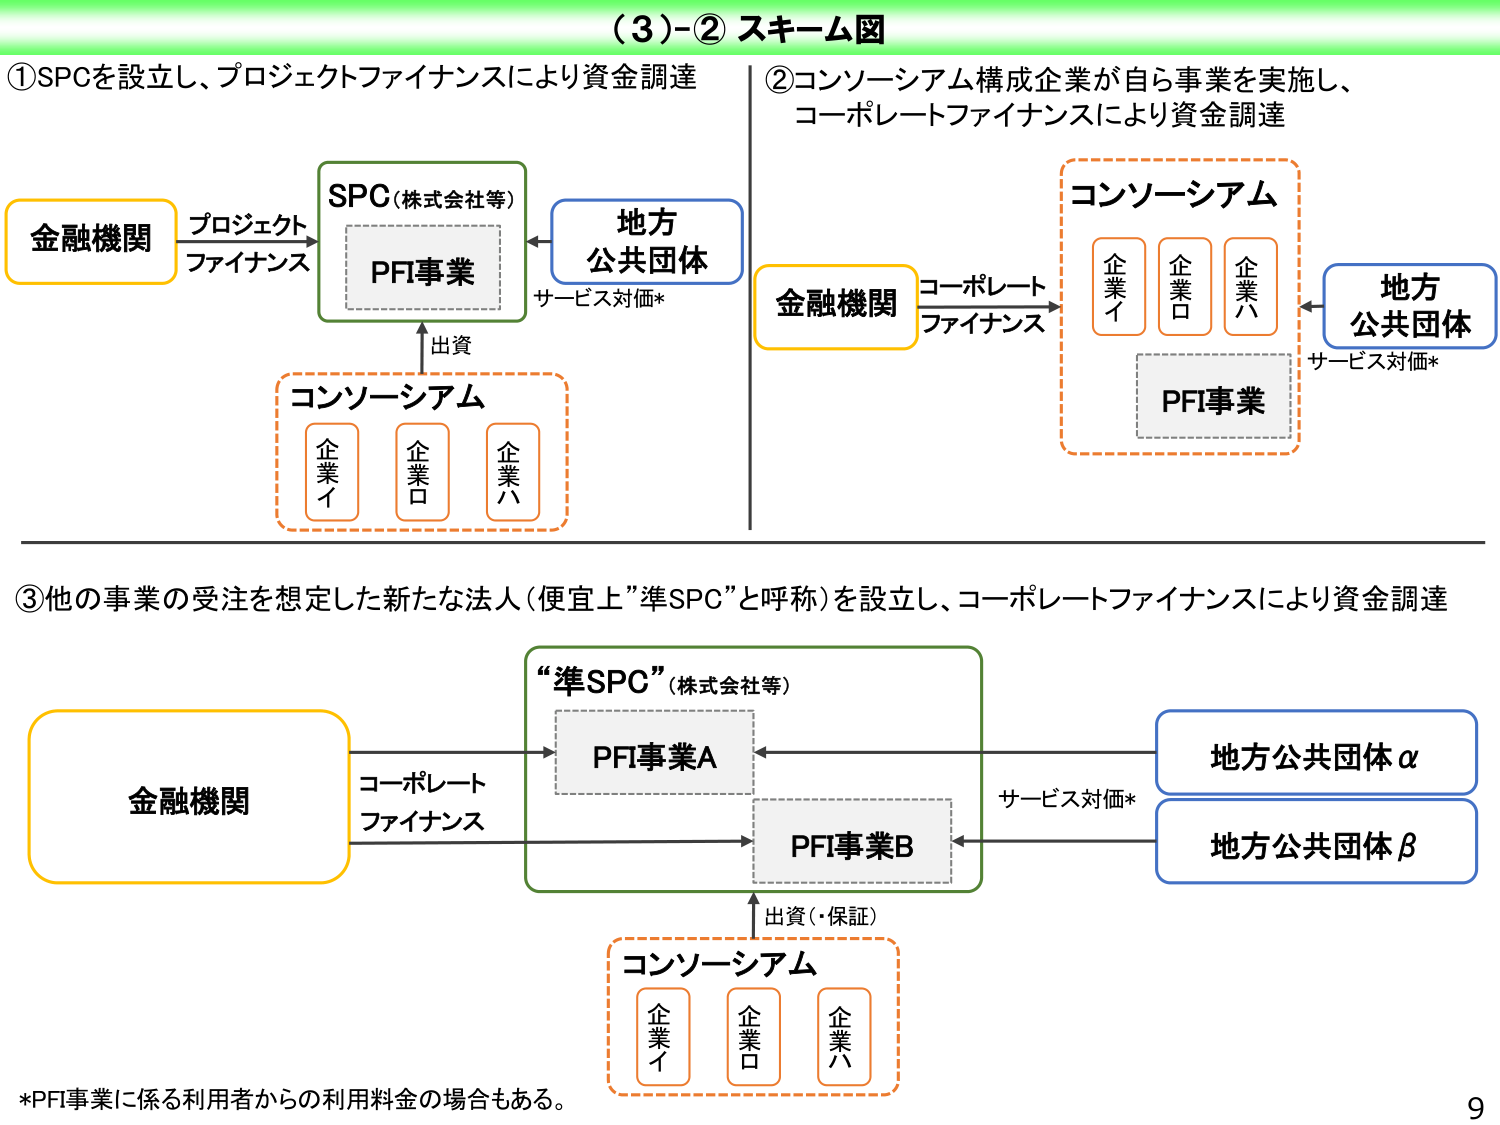
（３）-② スキーム図

①SPCを設立し、プロジェクトファイナンスにより資金調達

金融機関 → プロジェクトファイナンス → SPC（株式会社等）
　　　　　　　　　　　　　　　　　　↓
　　　　　　　　　　　　　　　　　　PFI事業
　　　　　　　　　　　　　　　　　　↑出資
　　　　　　　　　　　　　　　　　　コンソーシアム
　　　　　　　　　　　　　　　　　　├── 企業イ
　　　　　　　　　　　　　　　　　　├── 企業ロ
　　　　　　　　　　　　　　　　　　└── 企業ハ

　　　　　　　　　　　　　　　　　　←サービス対価*← 地方公共団体

②コンソーシアム構成企業が自ら事業を実施し、コーポレートファイナンスにより資金調達

金融機関 → コーポレートファイナンス → コンソーシアム
　　　　　　　　　　　　　　　　　　　　├── 企業イ
　　　　　　　　　　　　　　　　　　　　├── 企業ロ
　　　　　　　　　　　　　　　　　　　　└── 企業ハ
　　　　　　　　　　　　　　　　　　　　↓
　　　　　　　　　　　　　　　　　　　　PFI事業

　　　　　　　　　　　　　　　　　　←サービス対価*← 地方公共団体

③他の事業の受注を想定した新たな法人（便宜上”準SPC”と呼称）を設立し、コーポレートファイナンスにより資金調達

金融機関 → コーポレートファイナンス → “準SPC”（株式会社等）
　　　　　　　　　　　　　　　　　　　　├── PFI事業A
　　　　　　　　　　　　　　　　　　　　└── PFI事業B
　　　　　　　　　　　　　　　　　　　　↑出資（・保証）
　　　　　　　　　　　　　　　　　　　　コンソーシアム
　　　　　　　　　　　　　　　　　　　　├── 企業イ
　　　　　　　　　　　　　　　　　　　　├── 企業ロ
　　　　　　　　　　　　　　　　　　　　└── 企業ハ

　　　　　　　　　　　　　　　　　　←サービス対価*← 地方公共団体α
　　　　　　　　　　　　　　　　　　←サービス対価*← 地方公共団体β

*PFI事業に係る利用者からの利用料金の場合もある。

9